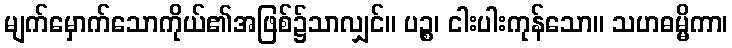
မျက်မှောက်သောကိုယ်၏အဖြစ်၌သာလျှင်။ ပဉ္စ၊ ငါးပါးကုန်သော။ သဟဓမ္မိကာ၊